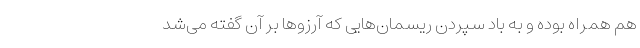
هم همراه بوده و به باد سپردن ریسمان‌هایی که آرزوها بر آن گفته می‌شد